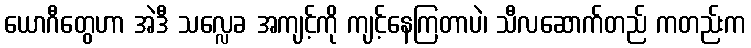
ယောဂီတွေဟာ အဲဒီ သလ္လေခ အကျင့်ကို ကျင့်နေကြတာပဲ၊ သီလဆောက်တည် ကတည်းက